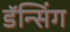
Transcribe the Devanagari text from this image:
डॅन्सिंग